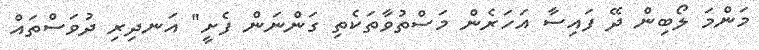
މަންމަ ލޯބިން ދޭ ފައިސާ އަހަރެން މަސްތުވާތަކެތި ގަންނަން ފެށީ" އަނދިރި ދުވަސްތައް